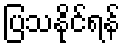
ပြသနိုင်ရန်